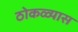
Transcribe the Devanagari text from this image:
ठोकळ्यास